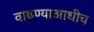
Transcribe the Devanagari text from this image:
वाढण्याआधीच